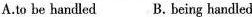
A. to be handled B. Being handled